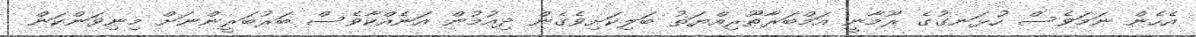
އެހެން ނަމަވެސް ހުޅަނގުގެ ރޫމާނީ އަމްބަރާޠޫރިއްޔަތު ބަލިކަށިވެގެން ދިއުމުން އަނެއްކާވެސް ބަރުބަރީންނަށް މިނިވަންކަން